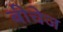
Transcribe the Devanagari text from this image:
बीचेज